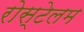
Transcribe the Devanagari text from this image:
रोस्टेलम